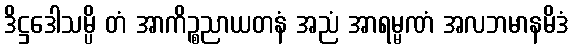
ဒိဋ္ဌဒေါသမ္ပိ တံ အာကိဉ္စညာယတနံ အညံ အာရမ္မဏံ အလဘမာနမိဒံ